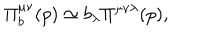
LaTeX: \Pi _ { b } ^ { \mu \nu } ( p ) \simeq b _ { \lambda } \Pi ^ { \mu \nu \lambda } ( p ) ,